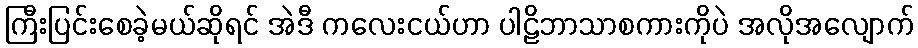
ကြီးပြင်းစေခဲ့မယ်ဆိုရင် အဲဒီ ကလေးငယ်ဟာ ပါဠိဘာသာစကားကိုပဲ အလိုအလျောက်